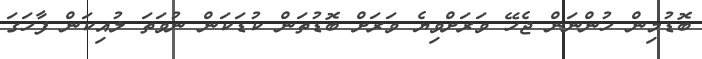
ބޮޑުމިން ހުންނަން ޖެހޭ ވަރަށްވިޔެ ވަރަށް ބޮޑުތަން ކުޑަކަން ނުވަތަ ލުއިކަން ފާހަގަ